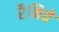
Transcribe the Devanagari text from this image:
रैनिये